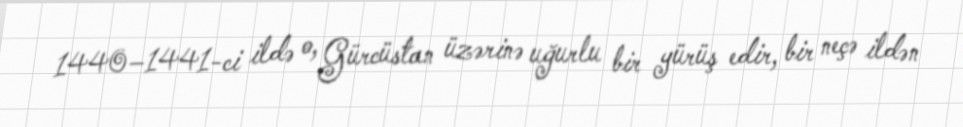
1440–1441-ci ildə o, Gürcüstan üzərinə uğurlu bir yürüş edir, bir neçə ildən